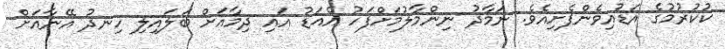
ކުކުރުމުގެ އަޑުއިވެންފެށިއެވެ. ނަމާދު ނިންމާލުމަށްފަހު އެއަޑު އައި ދިމާއަށް ބަލައިލި ހިނދު އޭނާއަށް